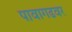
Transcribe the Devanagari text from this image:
पावागढवर